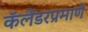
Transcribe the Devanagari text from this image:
कॅलेंडरप्रमाणे